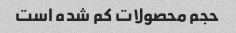
حجم محصولات کم شده است